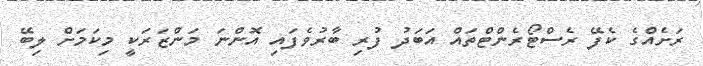
ރަށެއްގެ ކެފޭ ރެސްޓޯރެންޓްތައް އަބަދު ފުރި ބާރުވެފައި އޮންނަ މަންޒަރަކީ މިކަމަށް ލިބޭ